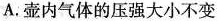
A.壶内气体的压强大小不变